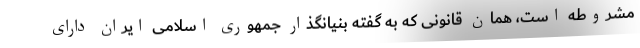
مشروطه است، همان قانونی که به گفته بنیانگذار جمهوری اسلامی ایران دارای